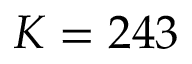
K = 2 4 3